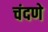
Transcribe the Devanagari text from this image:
चंदणे